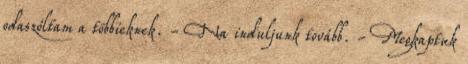
odaszóltam a többieknek. - Na induljunk tovább. - Megkaptuk